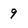
Character: 9